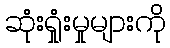
ဆုံးရှုံးမှုများကို